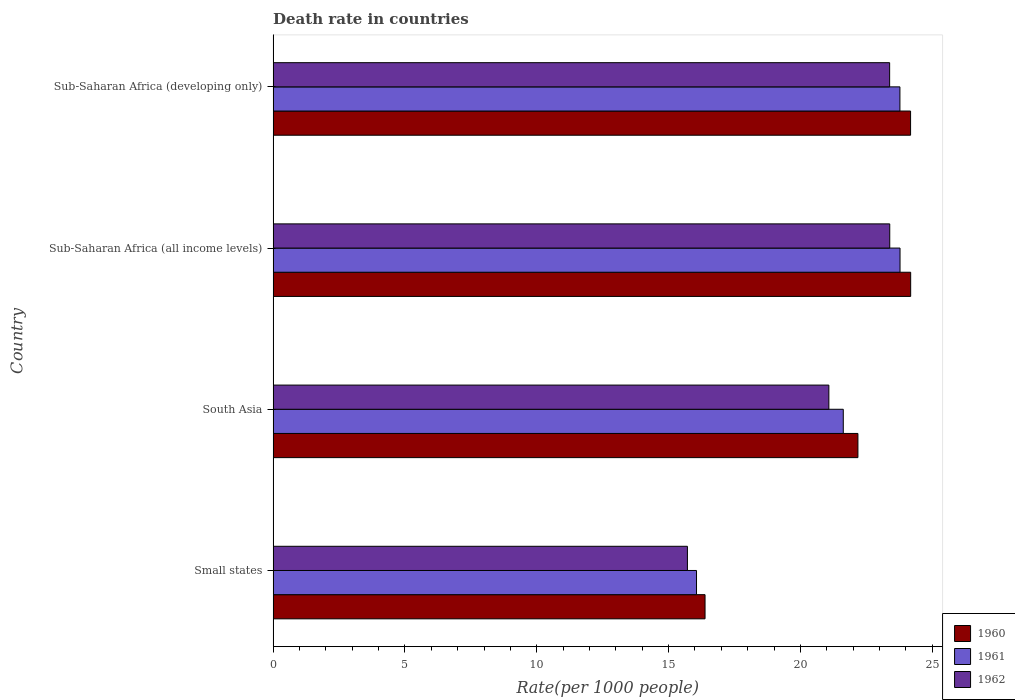
| Country | 1960 | 1961 | 1962 |
 | --- | --- | --- | --- |
 | Small states | 16.4 | 16.1 | 15.7 |
 | South Asia | 22.2 | 21.6 | 21.1 |
 | Sub-Saharan Africa (all income levels) | 24.2 | 23.8 | 23.4 |
 | Sub-Saharan Africa (developing only) | 24.2 | 23.8 | 23.4 |